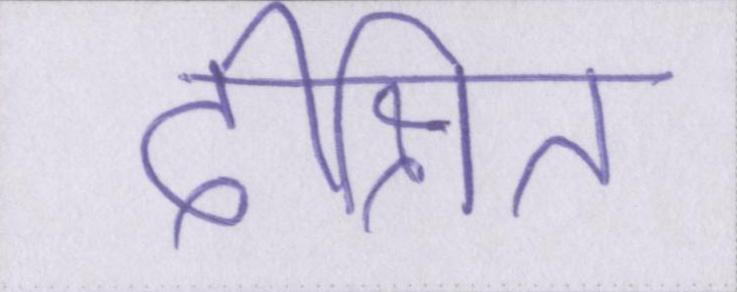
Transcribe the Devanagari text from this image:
दीक्षित